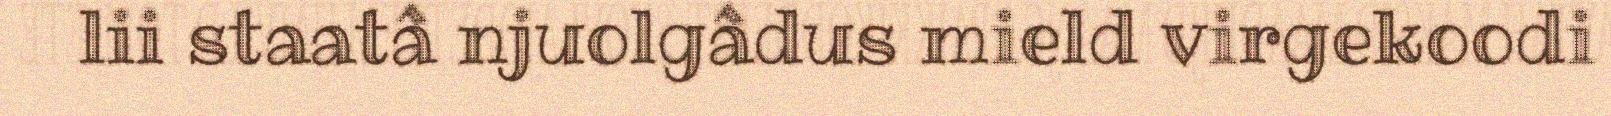
lii staatâ njuolgâdus mield virgekoodi